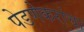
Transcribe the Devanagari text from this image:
पेडणेकरांचा